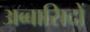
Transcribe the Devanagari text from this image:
अब्बासिदों